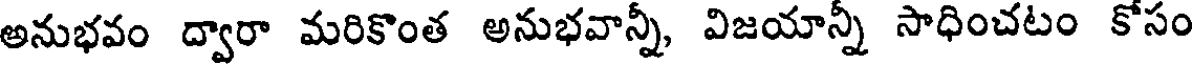
అనుభవం ద్వారా మరికొంత అనుభవాన్నీ, విజయాన్నీ సాధించటం కోసం